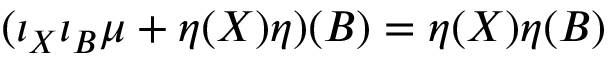
( \iota _ { X } \iota _ { B } \mu + \eta ( X ) \eta ) ( B ) = \eta ( X ) \eta ( B )